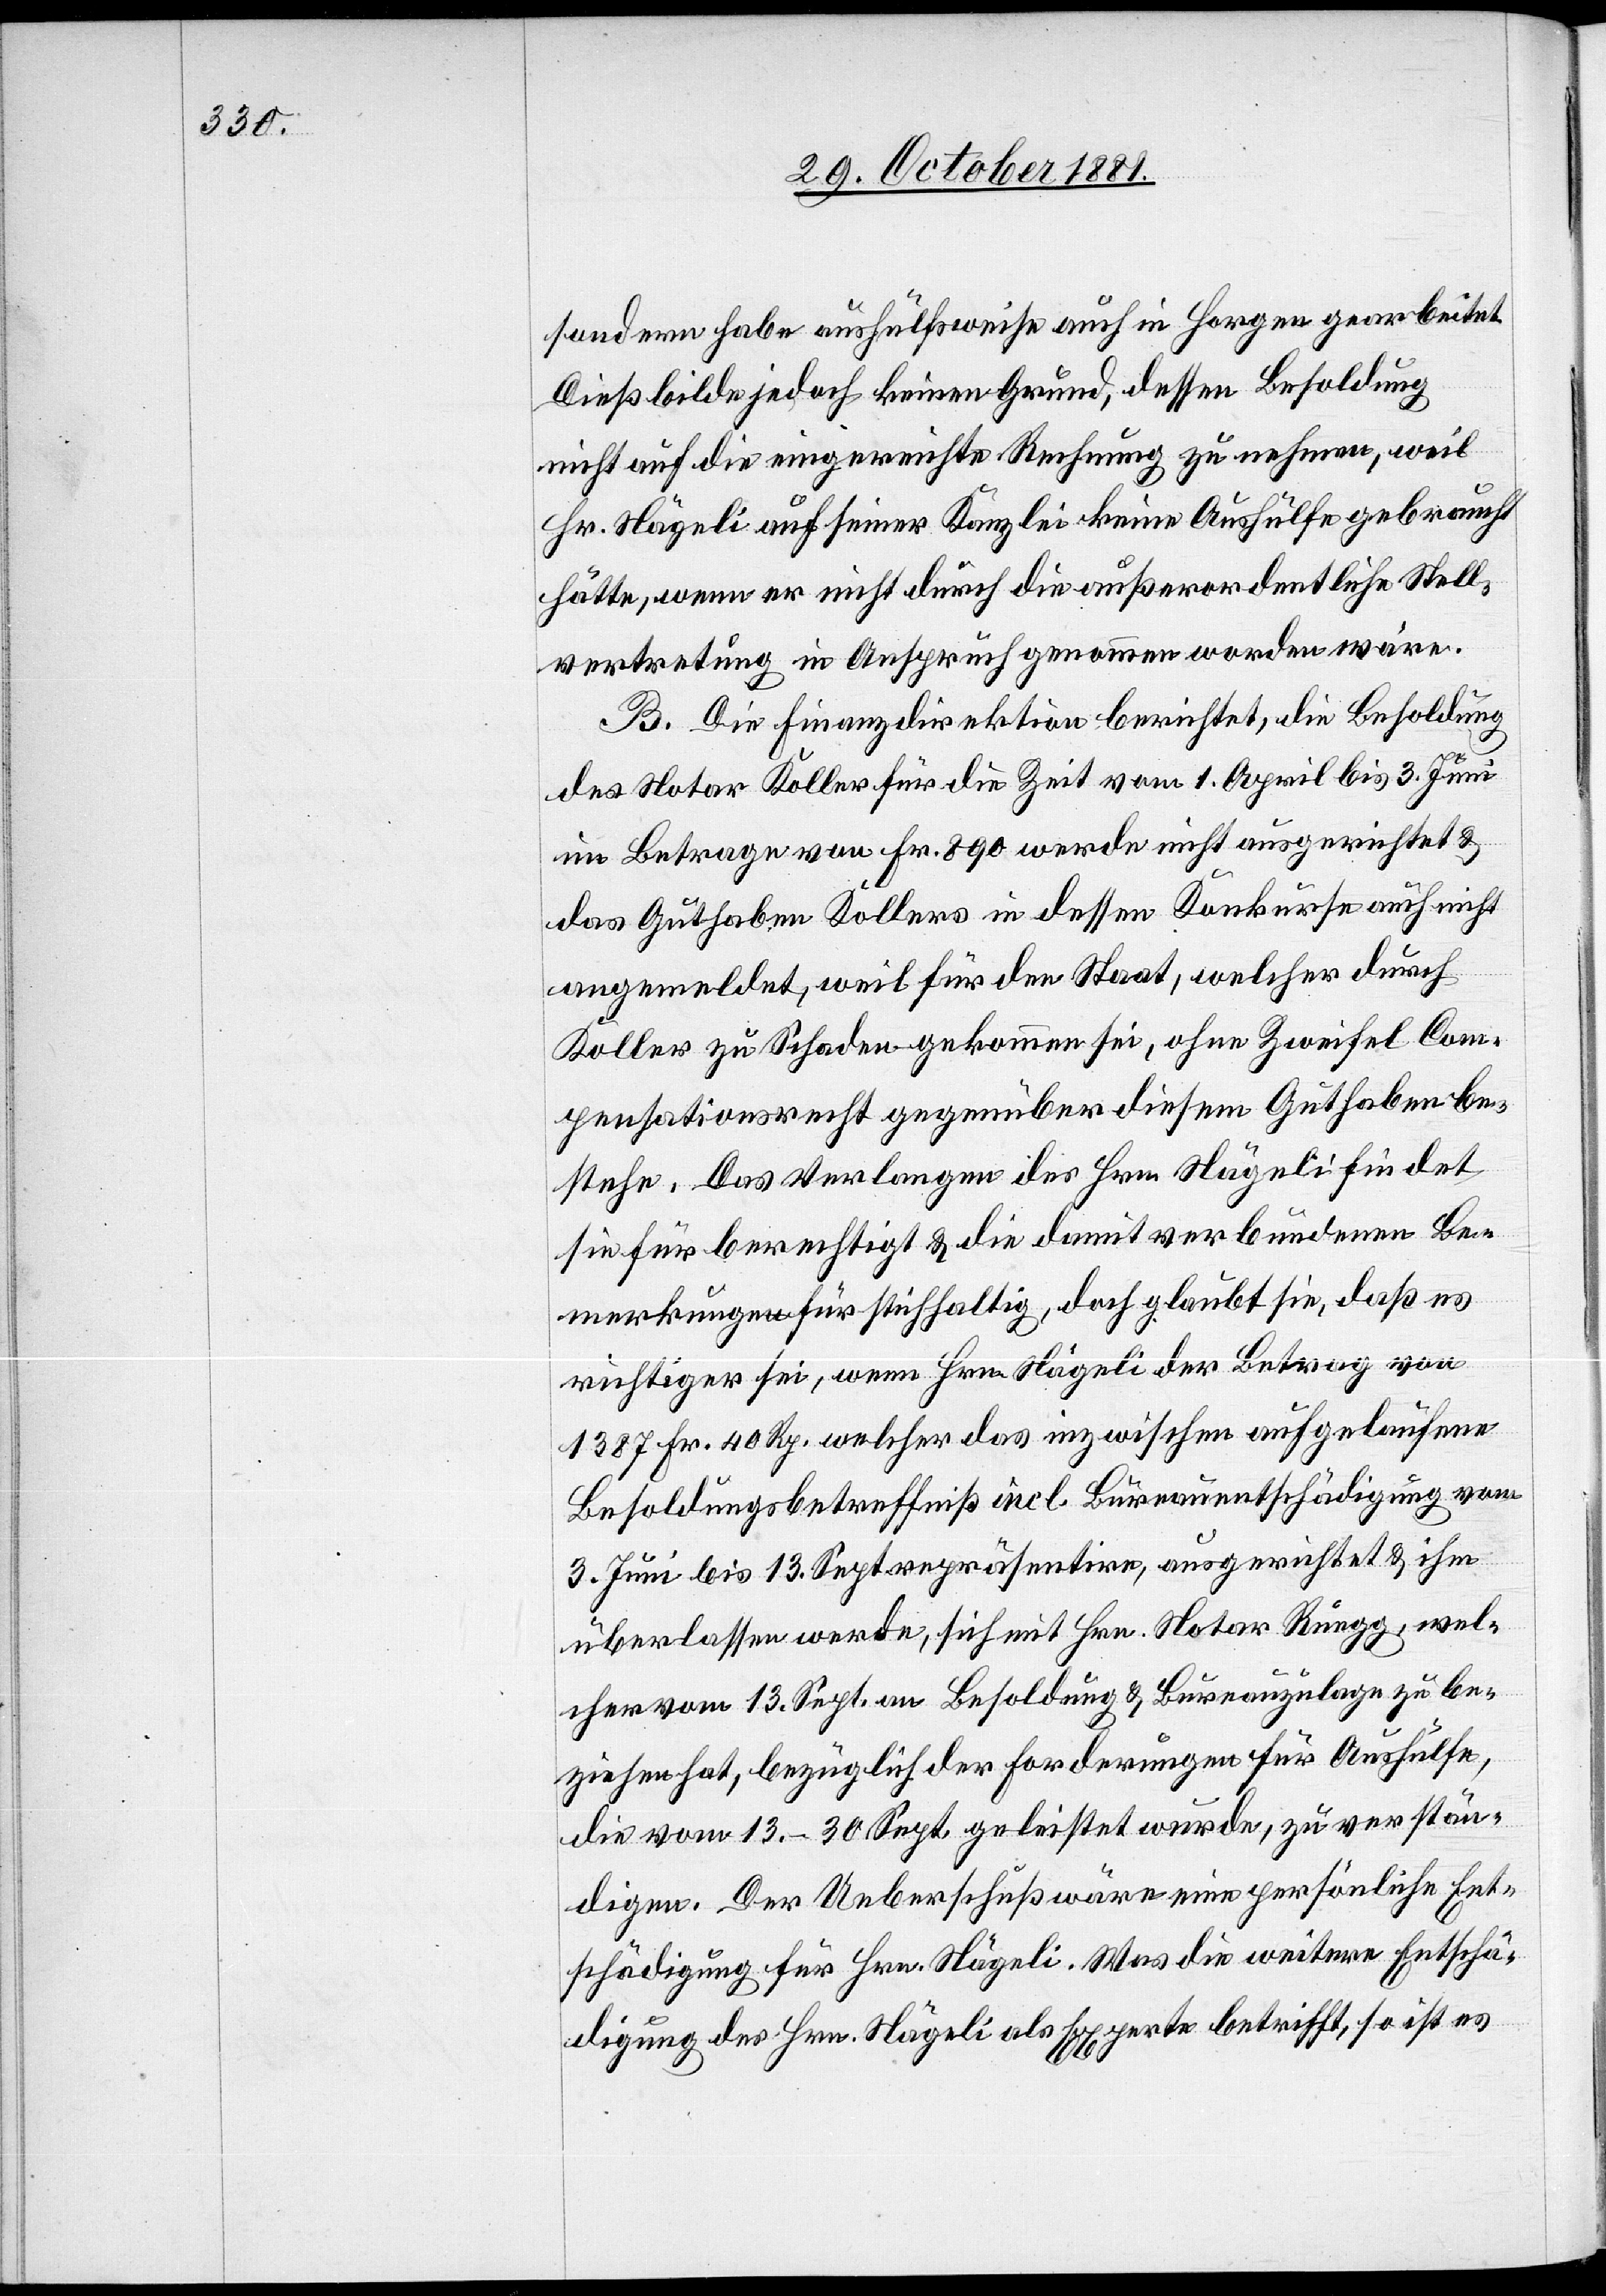
sondern habe aushülfsweise auch in Horgen gearbeitet.
Dieß bilde jedoch keinen Grund, dessen Besoldung
nicht auf die eingereichte Rechnung zu nehmen, weil
Hr. Nägeli auf seiner Kanzlei keine Aushülfe gebraucht
hätte, wenn er nicht durch die außerordentliche Stell¬
vertretung in Anspruch genommen worden wäre.
B. Die Finanzdirektion berichtet, die Besoldung
des Notar Koller für die Zeit vom 1. April bis 3. Juni
im Betrage von Fr. 890 werde nicht ausgerichtet &
das Guthaben Kollers in dessen Konkurse auch nicht
angemeldet, weil für den Staat, welcher durch
Koller zu Schaden gekommen sei, ohne Zweifel Com¬
pensationsrecht gegenüber diesem Guthaben be¬
stehe. Das Verlangen des Hrn. Nägeli findet
sie für berechtigt & die damit verbundenen Be¬
merkungen für stichhaltig, doch glaubt sie, daß es
richtiger sei, wenn Hrn. Nägeli der Betrag von
1387 Fr. 40 Rp. welcher das inzwischen aufgelaufene
Besoldungsbetreffniß incl. Bureauentschädigung vom
3. Juni bis 13. Sept. repräsentire, ausgerichtet & ihm
überlassen werde, sich mit Hrn. Notar Rüegg, wel¬
cher vom 13. Sept. an Besoldung & Bureauzulage zu be¬
ziehen hat, bezüglich der Forderungen für Aushülfe,
die vom 13.–30. Sept. geleistet wurde, zu verstän¬
digen. Der Ueberschuß wäre eine persönliche Ent¬
schädigung für Hrn. Nägeli. Was die weitere Entschä¬
digung des Hrn. Nägeli als Experte betrifft, so ist es